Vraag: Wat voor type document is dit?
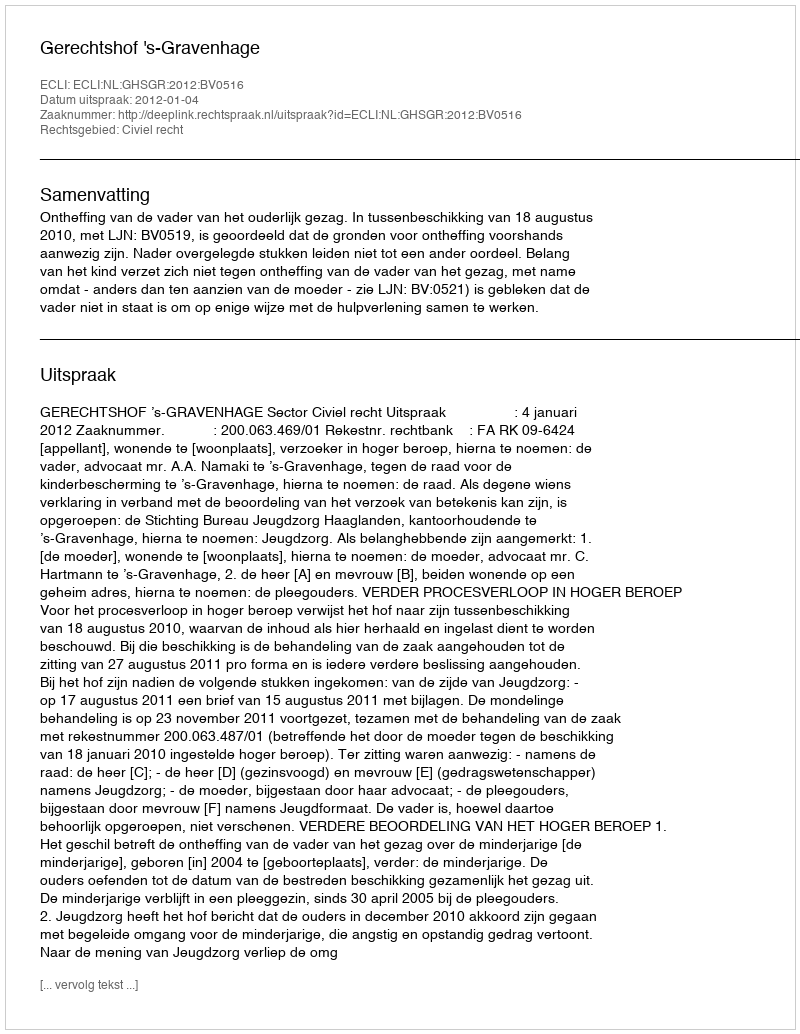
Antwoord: Uitspraak